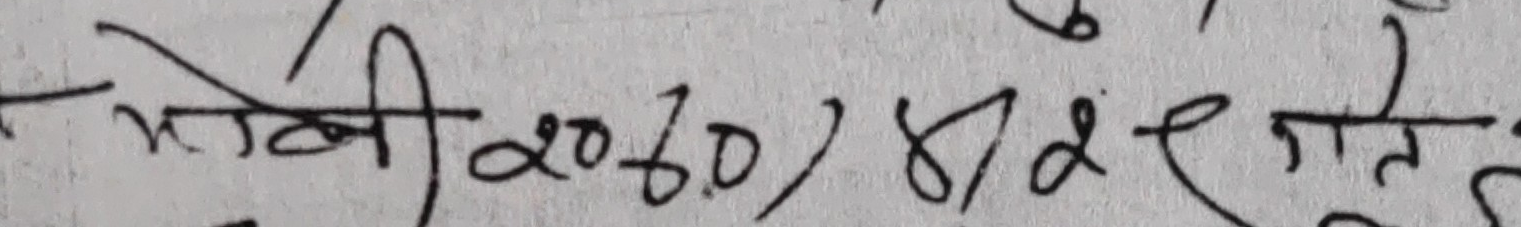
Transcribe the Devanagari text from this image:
मोमी २०६०) ४/ दर गते